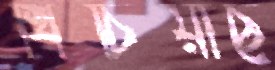
খিঁচিয়াছ